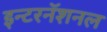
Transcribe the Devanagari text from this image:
इन्टरनॅशनल